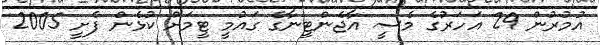
އުމުރުން 29 އަހަރުގެ މެސީ އާޖެންޓީނާގެ ގައުމީ ޓީމަށް ކުޅެން ފެށީ 2005